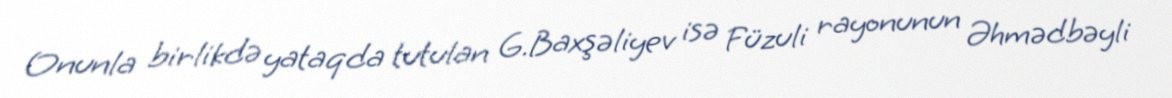
Onunla birlikdə yataqda tutulan G.Baxşəliyev isə Füzuli rayonunun Əhmədbəyli